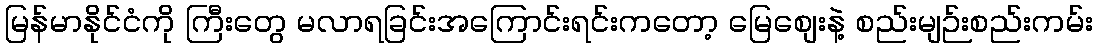
မြန်မာနိုင်ငံကို ကြီးတွေ မလာရခြင်းအကြောင်းရင်းကတော့ မြေစျေးနဲ့ စည်းမျဉ်းစည်းကမ်း